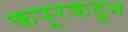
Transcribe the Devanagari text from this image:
कपूरकडून